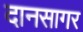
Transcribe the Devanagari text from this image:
दानसागर